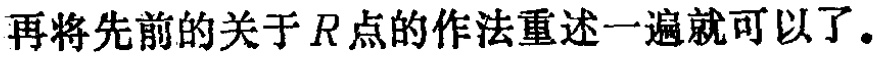
再将先前的关于 \(R\) 点的作法重述一遍就可以了。